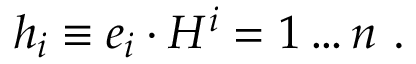
h _ { i } \equiv e _ { i } \cdot H \sp i = 1 \ldots n \ .